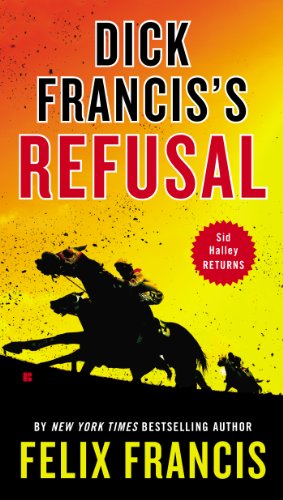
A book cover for Dick Francis's Refusal (Sid Halley); Felix Francis; Mystery, Thriller & Suspense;